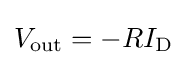
V_{\text{out}}=-RI_{\text{D}}